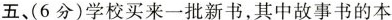
五、(6分)学校买来一批新书，其中故事书的本